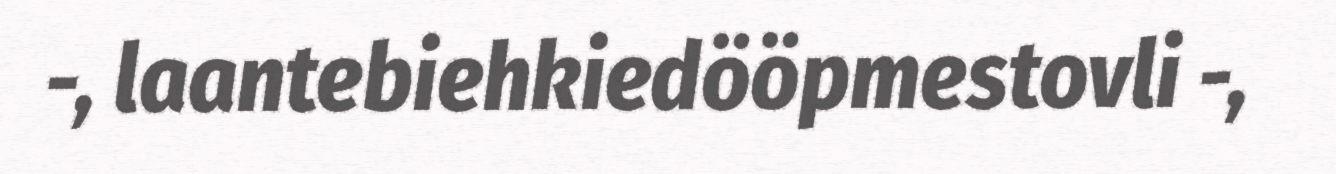
-, laantebiehkiedööpmestovli -,